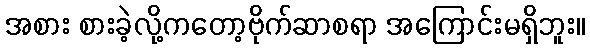
အစား စားခဲ့လို့ကတော့ဗိုက်ဆာစရာ အကြောင်းမရှိဘူး။